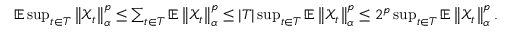
\begin{array} { r } { \mathbb { E } \operatorname* { s u p } _ { t \in T } \left\Vert \mathcal { X } _ { t } \right\Vert _ { \alpha } ^ { p } \leq \sum _ { t \in T } \mathbb { E } \left\Vert \mathcal { X } _ { t } \right\Vert _ { \alpha } ^ { p } \leq | T | \operatorname* { s u p } _ { t \in T } \mathbb { E } \left\Vert \mathcal { X } _ { t } \right\Vert _ { \alpha } ^ { p } \leq 2 ^ { p } \operatorname* { s u p } _ { t \in T } \mathbb { E } \left\Vert \mathcal { X } _ { t } \right\Vert _ { \alpha } ^ { p } . } \end{array}